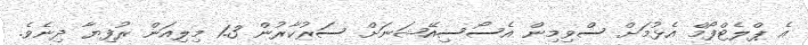
އެ ޕްލެޓްފޯމް އެޅުމަށް ސްވިމިން އެސޯސިއޭޝަނަށް ސަރުކާރުން 1.3 މިލިއަން ރުފިޔާ ދިނެވެ.